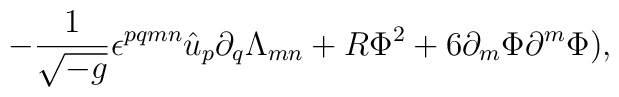
-{1\over{\sqrt{-g}}}\epsilon^{pqmn}\hat u_p\partial_q\Lambda_{mn}+R\Phi^2+6\partial_m\Phi \partial^m\Phi),